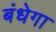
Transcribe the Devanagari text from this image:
बंधेगा